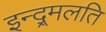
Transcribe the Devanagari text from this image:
इन्द्र्मलति